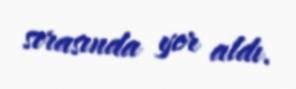
sırasında yer aldı.